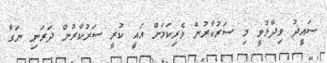
ސައީދު ވިދާޅުވީ މި ސަރުކާރުން ވެރިކަމަށް އައީ ކުރީ ސަރުކާރުން ދަރަނި ނަގާ